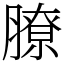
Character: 膫